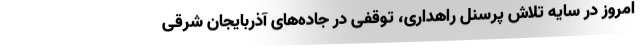
امروز در سایه تلاش پرسنل راهداری، توقفی در جاده‌های آذربایجان شرقی